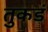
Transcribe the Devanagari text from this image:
तुकडं